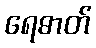
ရေဓာတ်